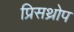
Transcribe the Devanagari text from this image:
प्रिसथ्रोप